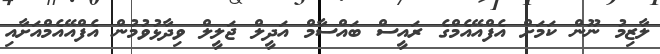
ލާޒިމު ނޫން ކަމަށް އެފްއޭއެމްގެ ރައީސް ބައްސާމް އަދީލް ޖަލީލް ވިދާޅުވުމުން އެފްއޭއެމްއަށާއި